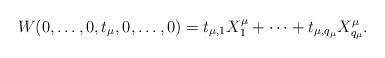
LaTeX: \begin{align*}W(0,\ldots, 0 , t_\mu,0,\ldots, 0) = t_{\mu,1}X_1^{\mu}+\cdots + t_{\mu,q_{\mu}} X_{q_\mu}^{\mu}.\end{align*}